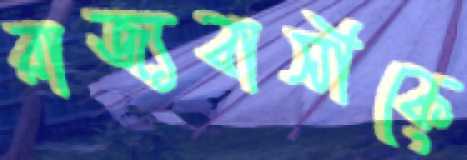
রাজ্যবাসীকে